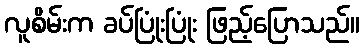
လူစိမ်းက ခပ်ပြုံးပြုံး ဖြည့်ပြောသည်။